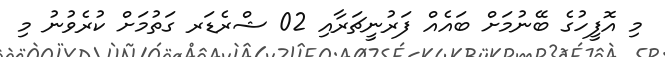
މި އޮފީހުގެ ބޭނުމަށް ބައެއް ފަރުނީޗަރާއި 02 ޝްރެޑަރ ގަތުމަށް ކުރެވުނު މި